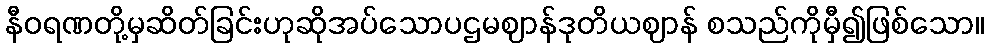
နီဝရဏတို့မှဆိတ်ခြင်းဟုဆိုအပ်သောပဌမဈာန်ဒုတိယဈာန် စသည်ကိုမှီ၍ဖြစ်သော။